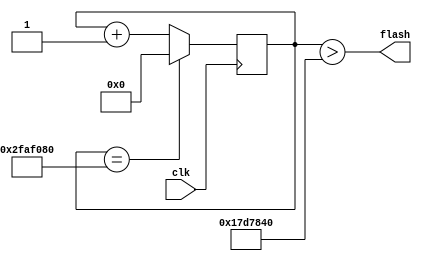
module flash_onoff #(
    parameter clock_speed = 50000000
)
(
    input wire clk,
    output wire flash
);

    parameter half_clock_speed = clock_speed / 2;

    reg [25:0] counter = 0;
    always @(posedge clk)
        if (counter == clock_speed)
            counter <= 0;
        else
            counter <= counter + 1;

    assign flash = (counter > half_clock_speed);

endmodule